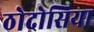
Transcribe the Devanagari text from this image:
ठोदोसिया